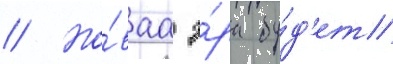
// Но́ваа э́ра бу́д'ет